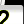
Digit: 2